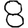
Digit: 8